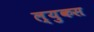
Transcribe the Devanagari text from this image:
ल्युकस